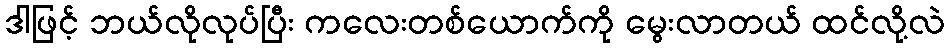
ဒါဖြင့် ဘယ်လိုလုပ်ပြီး ကလေးတစ်ယောက်ကို မွေးလာတယ် ထင်လို့လဲ